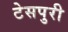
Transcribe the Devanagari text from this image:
टेसपुरी